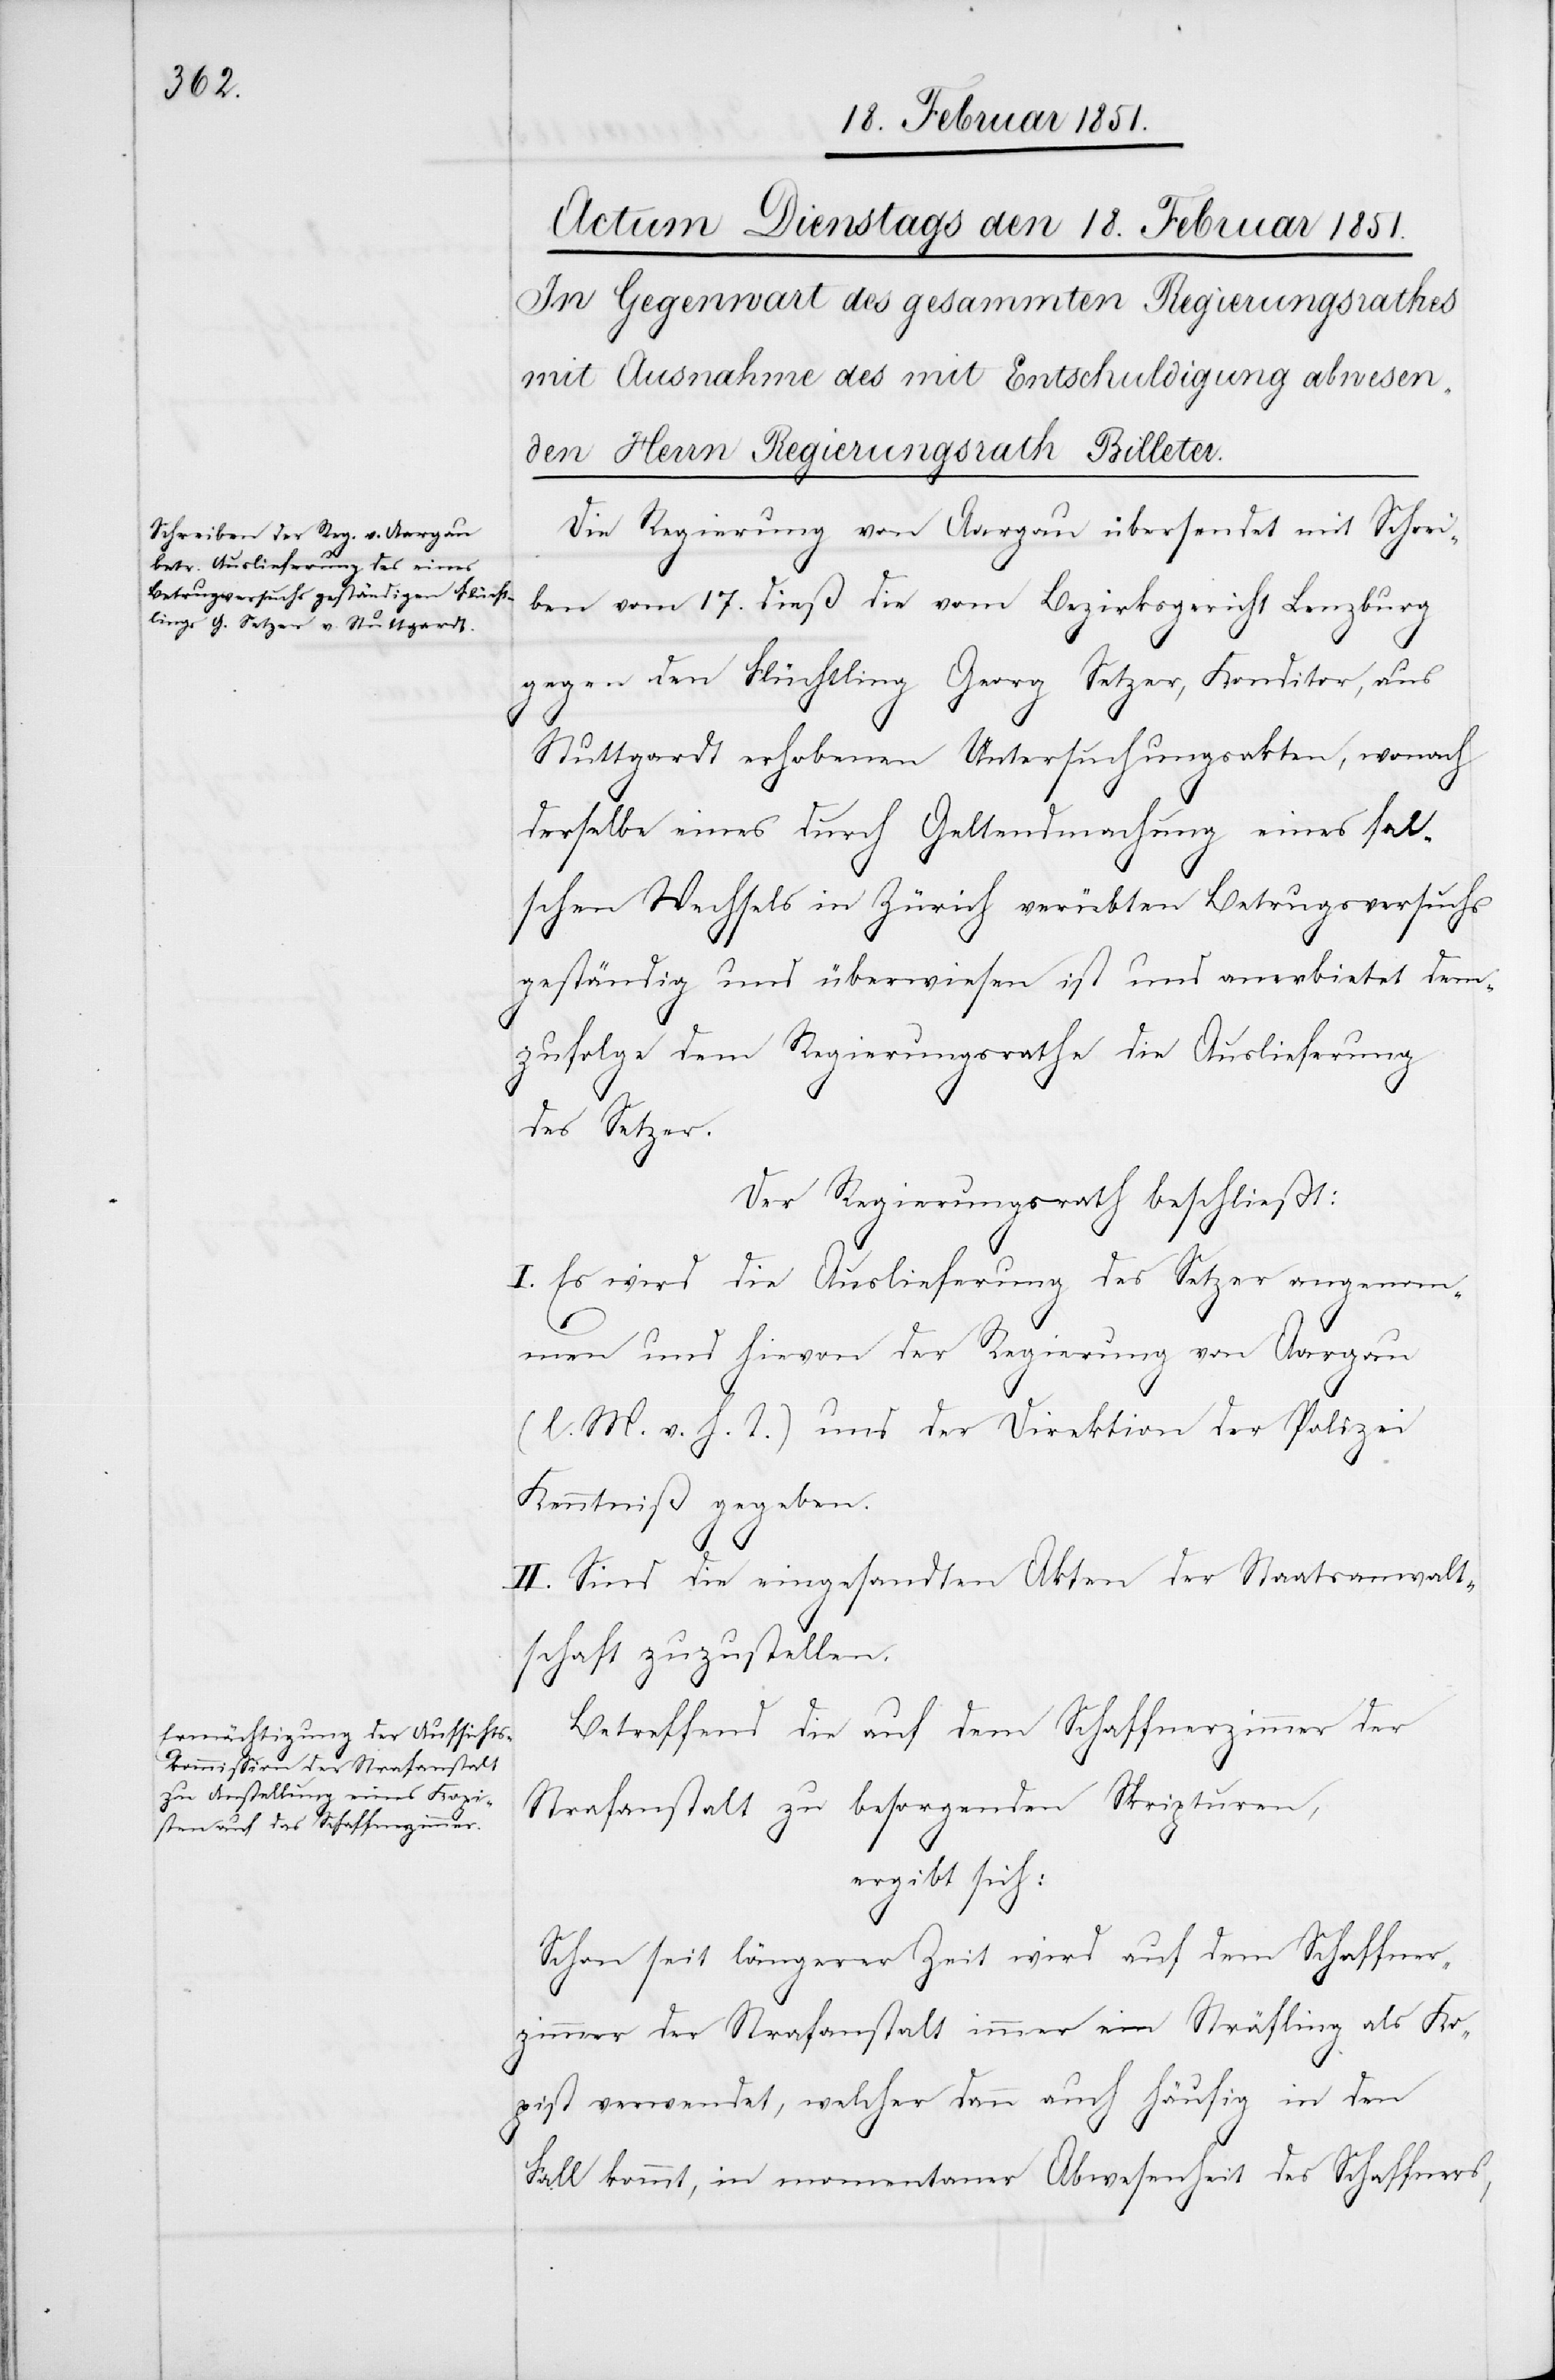
Die Regierung von Aargau übersendet mit Schrei¬
ben vom 17. dieß die vom Bezirksgericht Lenzburg
gegen den Flüchtling Georg Setzer, Konditor, aus
Stuttgardt erhobenen Untersuchungsakten, wonach
derselbe eines durch Geltendmachung eines fal¬
schen Wechsels in Zürich verübten Betrugsversuchs
geständig und überwiesen ist und anerbietet dem¬
zufolge dem Regierungsrathe die Auslieferung
des Setzer.
Der Regierungsrath beschließt:
I. Es wird die Auslieferung des Setzer angenom¬
men und hievon der Regierung von Aargau
(l. M. v. h. T.) und der Direktion der Polizei
Kenntniß gegeben.
II. Sind die eingesandten Akten der Staatsanwalt¬
schaft zuzustellen.
Betreffend die auf dem Schaffnerzimmer der
Strafanstalt zu besorgenden Skripturen,
ergibt sich:
Schon seit längerer Zeit wird auf dem Schaffner¬
zimmer der Strafanstalt immer ein Sträfling als Ko¬
pist verwendet, welcher dann auch häufig in den
Fall kommt, in momentaner Abwesenheit des Schaffners,